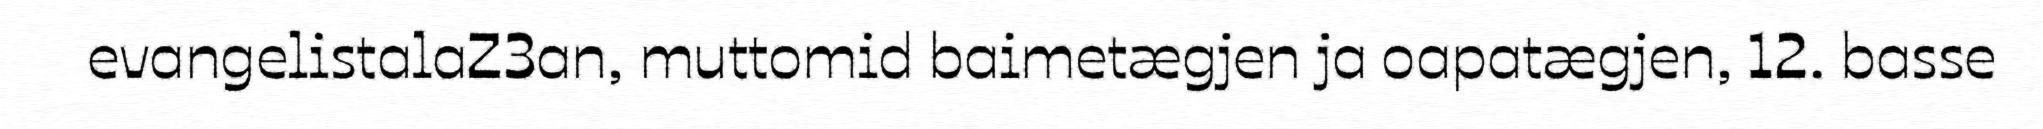
evangelistalaZ3an, muttomid baimetægjen ja oapatægjen, 12. basse